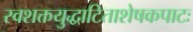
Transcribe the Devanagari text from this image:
स्वशक्तयुद्धाटिताशेषकपाटः